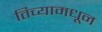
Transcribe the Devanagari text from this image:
तिच्यामधून